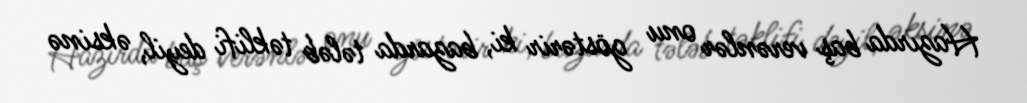
Hazırda baş verənlər onu göstərir ki, bazarda tələb təklifi deyil, əksinə